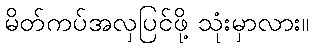
မိတ်ကပ်အလှပြင်ဖို့ သုံးမှာလား။